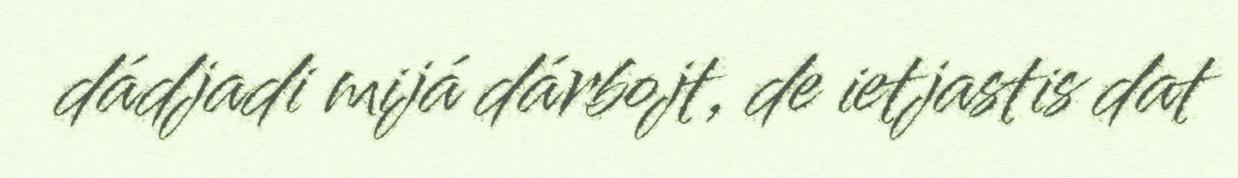
dádjadi mijá dárbojt, de ietjastis dat